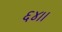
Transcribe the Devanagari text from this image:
६४।।